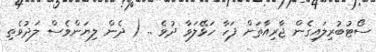
ސޯޓުބުރިލައިގެން ޖާރިއާތަށް ފަހާ ހަޅޭލަވާ ދުވެ .. ( ދެން ލިޔަންވެސް ލަދުވެތި